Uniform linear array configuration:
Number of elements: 24
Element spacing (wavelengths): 1
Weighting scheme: hamming
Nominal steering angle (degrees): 15
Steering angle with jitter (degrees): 15.125
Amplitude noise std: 0.05
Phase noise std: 0.05

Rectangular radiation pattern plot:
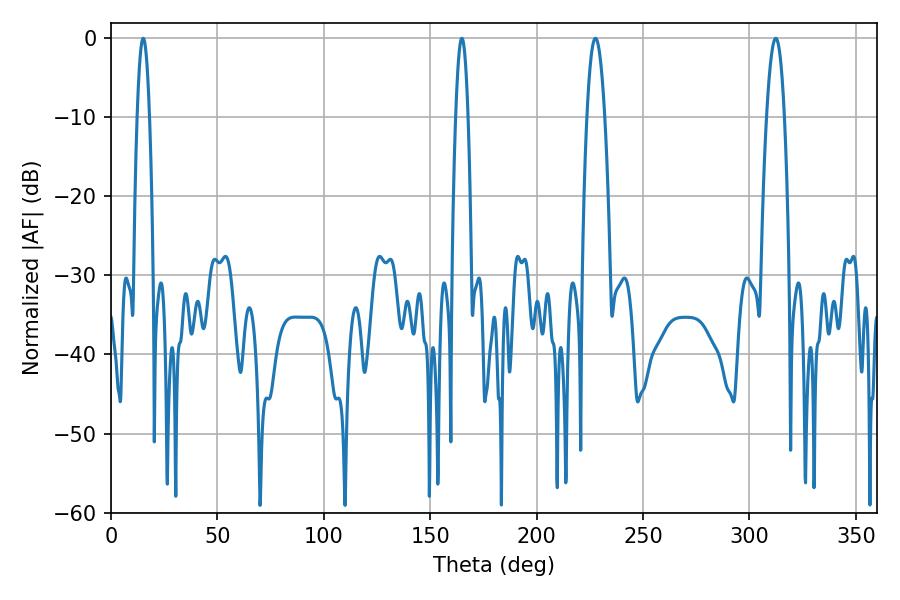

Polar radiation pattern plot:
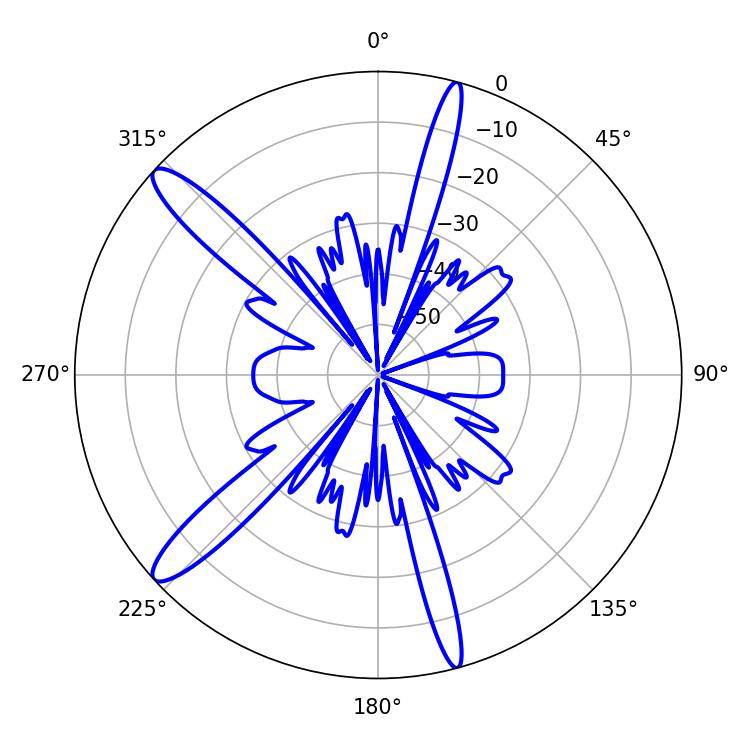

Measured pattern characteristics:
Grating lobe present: TRUE
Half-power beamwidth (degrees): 3.24
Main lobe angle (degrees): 164.88